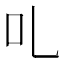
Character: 𠮜